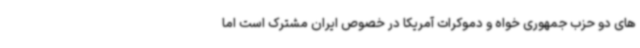
های دو حزب جمهوری خواه و دموکرات آمریکا در خصوص ایران مشترک است اما